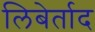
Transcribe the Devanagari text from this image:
लिबेर्ताद